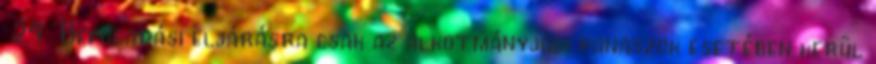
24 Befogadási eljárásra csak az alkotmányjogi panaszok esetében kerül